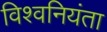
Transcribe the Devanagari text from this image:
विश्वनियंता